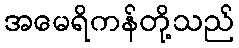
အမေရိကန်တို့သည်